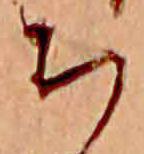
ち